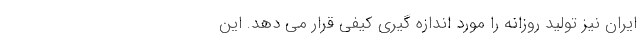
ایران نیز تولید روزانه را مورد اندازه گیری کیفی قرار می دهد. این